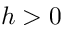
h > 0